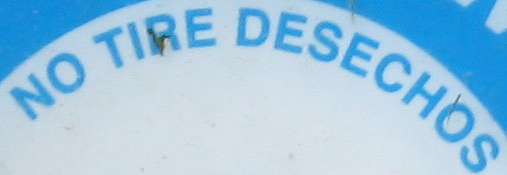
NO TIRE DESECHOS